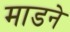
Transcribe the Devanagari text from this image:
माडने